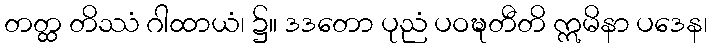
တတ္ထ တိဿံ ဂါထာယံ၊ ၌။ ဒဒတော ပုညံ ပဝဍ္ဎတီတိ ဣမိနာ ပဒေန၊